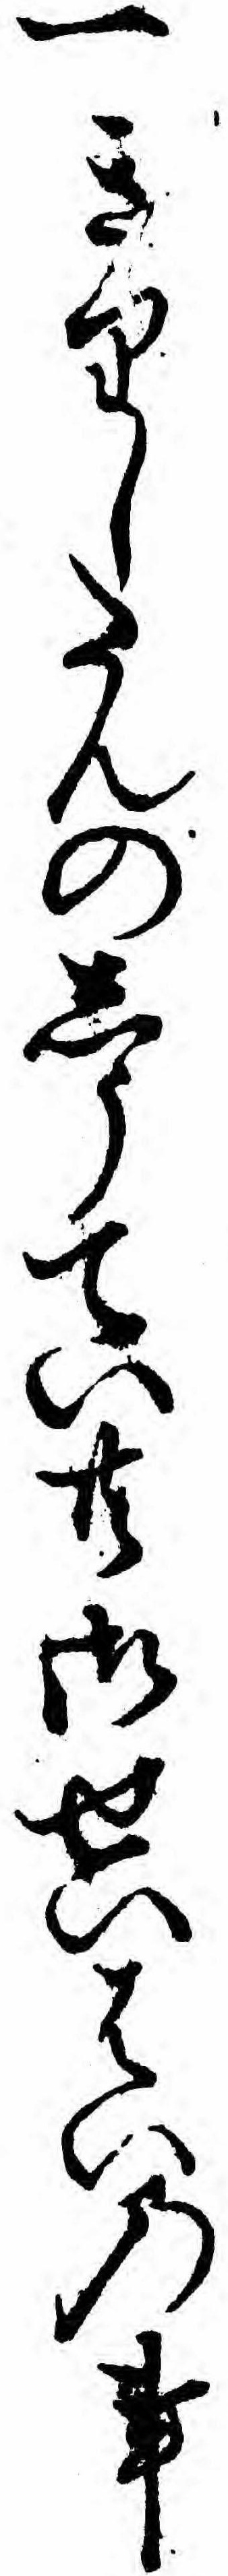
一きりしたんのしうてい共御せいはいの事